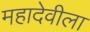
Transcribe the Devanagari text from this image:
महादेवीला